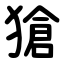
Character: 獊